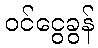
ဝင်ငွေခွန်